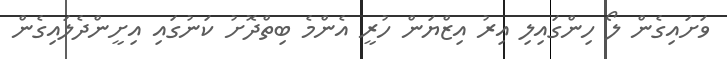
ވަށައިގެން ލޯ ހިންގައިލި އިރު އިޒްޔަން ހުރީ އެންމެ ބިތްދޮށު ކަނުގައި އިށީންދެލައިގެން